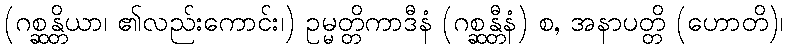
(ဂစ္ဆန္တိယာ၊ ၏လည်းကောင်း၊) ဥမ္မတ္တိကာဒီနံ (ဂစ္ဆန္တီနံ) စ, အနာပတ္တိ (ဟောတိ)၊